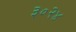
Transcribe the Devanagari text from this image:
३०२४